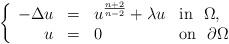
LaTeX: \begin{align*} \left\{\begin{array}{rcll}- \Delta u & = & u^{\frac{n+2}{n-2}} + \lambda u & \mathrm{in} \ \ \Omega,\\u & = & 0 & \mathrm{on} \ \ \partial\Omega\end{array}\right.\end{align*}